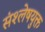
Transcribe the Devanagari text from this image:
संश्लेषयुक्त